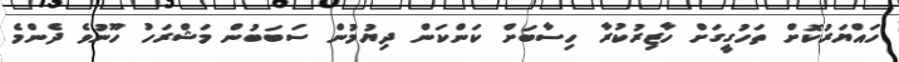
ހައްޔަރުކޮށް ތަހުގީގަށް ހާޒިރުކުރާ ހިސާބަށް ކަންކަން ދިޔުމުން ސަބަބުން މަޝްރަހު ހޫނުވެ ދެންމެ